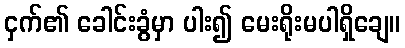
ငှက်၏ ခေါင်းခွံမှာ ပါး၍ မေးရိုးမပါရှိချေ။